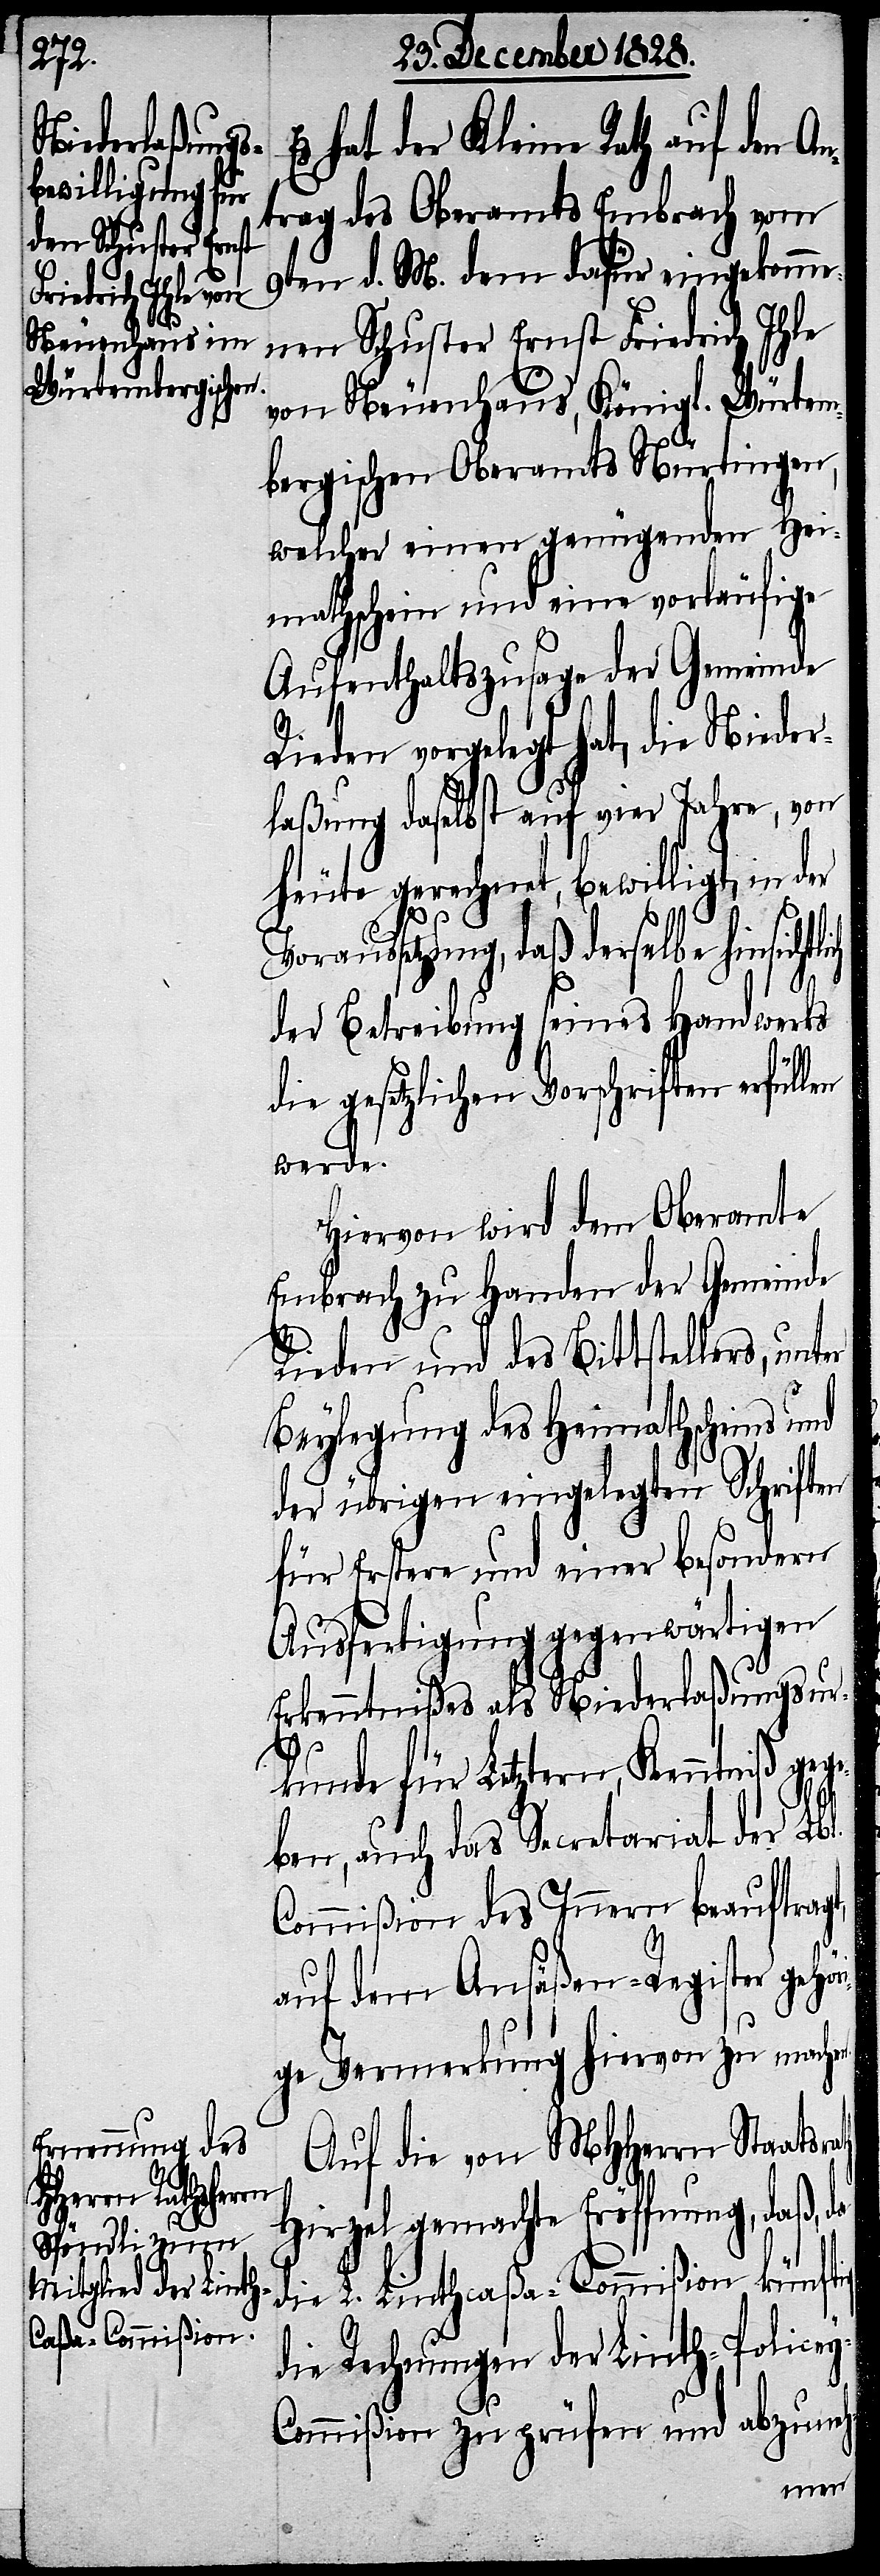
hat der Kleine Rath auf den An¬
trag des Oberamtes Embrach vom
9ten d. M. dem dafür eingekomme¬
nen Schuster Ernst Friedrich Ihle
von Neuenhaus, Königl. Würtem¬
bergischen Oberamts Nürtingen,
welcher einen genügenden Hei¬
mathschein und eine vorläufige
Aufenthaltszusage der Gemeinde
Rieden vorgelegt hat, die Nieder¬
laßung daselbst auf vier Jahre, von
heute gerechnet, bewilligt, in der
Voraussetzung, daß derselbe hinsichtl¬
der Betreibung seines Handwerks
die gesetzlichen Vorschriften erfüllen
werde.
Hiervon wird dem Oberamte
Embrach zu Handen der Gemeinde
Rieden und des Bittstellers, unter
Beylegung des Heimathscheins
der übrigen eingelegten Schriften
für Erstere und einer besondern
Ausfertigung gegenwärtigen
Erkenntnißes als Niederlaßungsur¬
ath
kunde für Letztern, Kenntniß geg¬
eben, auch das Secretariat der Lbl.
Commißion des Innern beauftragt,
auf dem Ansäßen-Register gehö¬
rige Vermerkung hiervon zu machen.
Auf die von MHHerrn Staatsr¬
Hirzel gemachte Eröffnung, daß, da
die L. Linthcaßa-Commißion künftig
die Rechnungen der Linth-Police¬
y-Commißion zu prüfen und abzuneh-